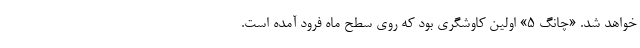
خواهد شد. «چانگ ۵» اولین کاوشگری بود که روی سطح ماه فرود آمده است.